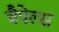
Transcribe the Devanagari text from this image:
चैपेल्स